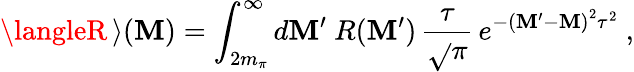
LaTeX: \langleR\, \rangle(\mathbf{M})=\int_{2m_{\pi}}^{\infty}d\mathbf{M}^{\prime}~R(\mathbf{M}^{\prime})\, \frac{{\tau}}{{\sqrt{}{{\pi}}}}\, e^{-\left(\mathbf{M}^{\prime}-\mathbf{M}\right)^{2}\tau^{2}}\ ,